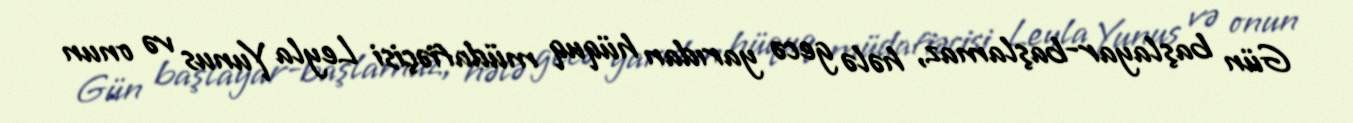
Gün başlayar-başlamaz, hələ gecə yarıdan hüquq müdafiəçisi Leyla Yunus və onun